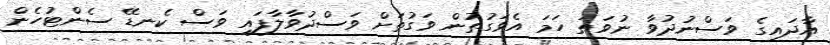
އާދައިގެ ވަސްނުދުވާ ނުވަތަ ހަމަ އެވަގުތުން ވަގުތަށް ވަސްދުވާލާފައި ވަސް ކެނޑޭ ސެންޓުހެން